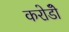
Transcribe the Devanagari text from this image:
करोडोँ